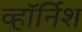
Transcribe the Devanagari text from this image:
व्हॉर्निश